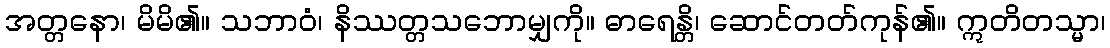
အတ္တနော၊ မိမိ၏။ သဘာဝံ၊ နိဿတ္တသဘောမျှကို။ ဓာရေန္တိ၊ ဆောင်တတ်ကုန်၏။ ဣတိတသ္မာ၊